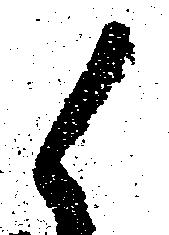
候